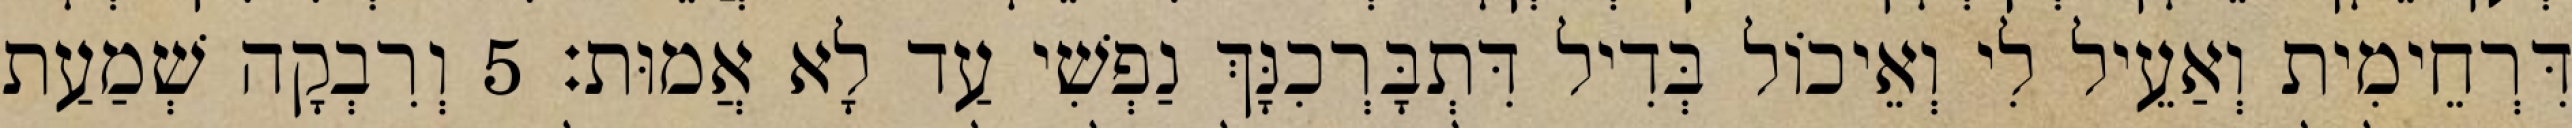
דִּרְחֵימִית וְאַעֵיל לִי וְאֵיכוֹל בְּדִיל דִּתְבָּרְכִנָּךְ נַפְשִׁי עַד לָא אֲמוּת׃ 5 וְרִבְקָה שְׁמַעַת